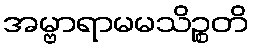
အမ္ဗာရာမမသိဉ္စတိ